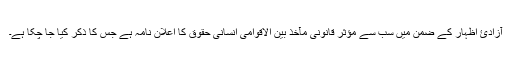
آزادئ اظہار کے ضمن میں سب سے مؤثر قانونی مآخذ بین الاقوامی انسانی حقوق کا اعلان نامہ ہے جس کا ذکر کیا جا چکا ہے۔